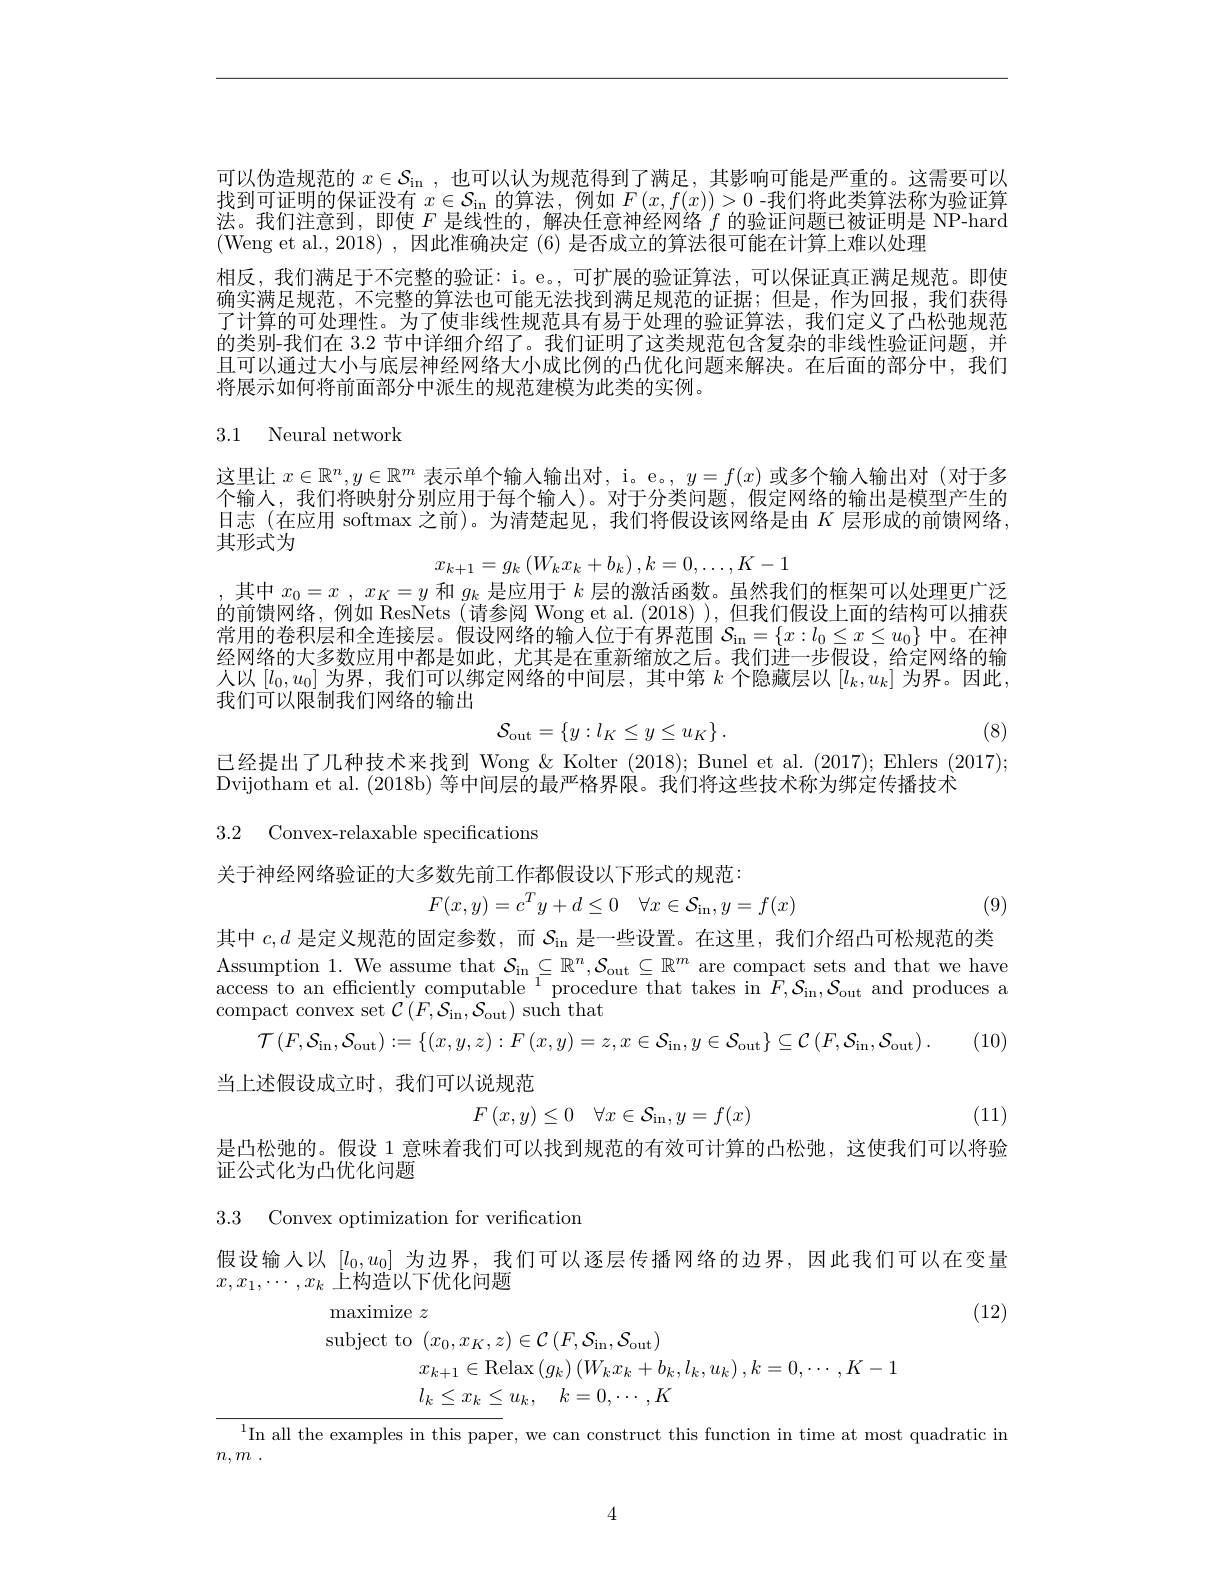
可以伪造规范的$x\in\mathcal{S}_\mathrm{in}$,也可以认为规范得到了满足，其影响可能是严重的。这需要可以找到可证明的保证没有$x\in\mathcal{S}_\mathrm{in}$的算法，例如$F(x,f(x))>0$ -我们将此类算法称为验证算法。我们注意到，即使$F$是线性的，解决任意神经网络$f$的验证问题已被证明是 NP-hard (Weng et al.,2018),因此准确决定 (6) 是否成立的算法很可能在计算上难以处理
相反，我们满足于不完整的验证：i。e。,可扩展的验证算法，可以保证真正满足规范。即使确实满足规范，不完整的算法也可能无法找到满足规范的证据；但是，作为回报，我们获得了计算的可处理性。为了使非线性规范具有易于处理的验证算法，我们定义了凸松弛规范的类别-我们在 3.2 节中详细介绍了。我们证明了这类规范包含复杂的非线性验证问题，并且可以通过大小与底层神经网络大小成比例的凸优化问题来解决。在后面的部分中，我们将展示如何将前面部分中派生的规范建模为此类的实例。

## 3.1 Neural network

这里让$x\in\mathbb{R}^n,y\in\mathbb{R}^m$表示单个输人输出对，i。e。$,y=f(x)$或多个输人输出对 (对于多个输人，我们将映射分别应用于每个输人)。对于分类问题，假定网络的输出是模型产生的日志 (在应用 softmax 之前)。为清楚起见，我们将假设该网络是由$K$层形成的前馈网络， 其形式为
$$x_{k+1}=g_k\left(W_kx_k+b_k\right),k=0,\ldots,K-1$$
,其中$x_0= x$ , $x_K= y$和$g_k$是应用于$k$层的激活函数。虽然我们的框架可以处理更广泛的前馈网络，例如 ResNets (请参阅 Wong et al. (2018)), 但我们假设上面的结构可以捕获常用的卷积层和全连接层。假设网络的输人位于有界范围$\mathcal{S}_\mathrm{in}=\{x:l_0\leq x\leq u_0\}$中。在神经网络的大多数应用中都是如此，尤其是在重新缩放之后。我们进一步假设，给定网络的输人以$[l_0,u_0]$为界，我们可以绑定网络的中间层，其中第$k$个隐藏层以$[l_k,u_k]$为界。因此， 我们可以限制我们网络的输出
$$\mathcal{S}_{\mathrm{out}}=\{y:l_{K}\leq y\leq u_{K}\}\:.$$
(8)

已经提出了几种技术来找到 Wong & Kolter (2018); Bunel et al. (2017); Ehlers (2017);
Dvijotham et al. (2018b) 等中间层的最严格界限。我们将这些技术称为绑定传播技术
3.2 Convex-relaxable specifications

关于神经网络验证的大多数先前工作都假设以下形式的规范：
$$F(x,y)=c^Ty+d\leq0\quad\forall x\in\mathcal{S}_{\mathrm{in}},y=f(x)$$
(9)

其中$c,d$是定义规范的固定参数，而$\mathcal{S}_\mathrm{in}$是一些设置。在这里，我们介绍凸可松规范的类Assumption 1. We assume that $\mathcal{S}_\mathrm{in}\subseteq\mathbb{R}^n,\mathcal{S}_\mathrm{out}\subseteq\mathbb{R}^m$ are compact sets and that we have access to an efficiently computable $^1$ procedure that takes in $F,\mathcal{S}_\mathrm{in},\mathcal{S}_\mathrm{out}$ and produces a compact convex set $\mathcal{C}(F,\mathcal{S_{in}},\mathcal{S_{out}})$ such that
$$\mathcal{T}\left(F,\mathcal{S}_{\mathrm{in}},\mathcal{S}_{\mathrm{out}}\right):=\left\{\left(x,y,z\right):F\left(x,y\right)=z,x\in\mathcal{S}_{\mathrm{in}},y\in\mathcal{S}_{\mathrm{out}}\right\}\subseteq\mathcal{C}\left(F,\mathcal{S}_{\mathrm{in}},\mathcal{S}_{\mathrm{out}}\right).$$
当上述假设成立时，我们可以说规范
$$F\left(x,y\right)\leq0\quad\forall x\in\mathcal{S}_{\mathrm{in}},y=f(x)$$
(11)

是凸松弛的。假设1意味着我们可以找到规范的有效可计算的凸松弛，这使我们可以将验
证公式化为凸优化问题

3.3 Convex optimization for verification

假设输入以$[l_0,u_0]$为边界，我们可以逐层传播网络的边界，因此我们可以在变量
$x,x_1,\cdots,x_k$上构造以下优化问题
(12)
maximize $z$
$$\begin{aligned}&\text{o}(x_{0},x_{K},z)\in\mathcal{C}\left(F,\mathcal{S}_{\mathrm{in}},\mathcal{S}_{\mathrm{out}}\right)\\&x_{k+1}\in\mathrm{Relax}\left(g_{k}\right)\left(W_{k}x_{k}+b_{k},l_{k},u_{k}\right),k=0,\cdots,K-1\\&l_{k}\leq x_{k}\leq u_{k},\quad k=0,\cdots,K\end{aligned}$$
$^{1}$In all the examples in this paper, we can construct this function in time at most quadratic in

$n, m$ .

4